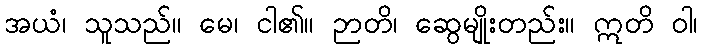
အယံ၊ သူသည်။ မေ၊ ငါ၏။ ဉာတိ၊ ဆွေမျိုးတည်း။ ဣတိ ဝါ၊